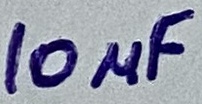
Text: 10µF